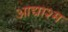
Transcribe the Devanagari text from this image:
आद्याश्म